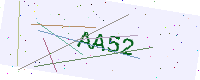
Text: AA52